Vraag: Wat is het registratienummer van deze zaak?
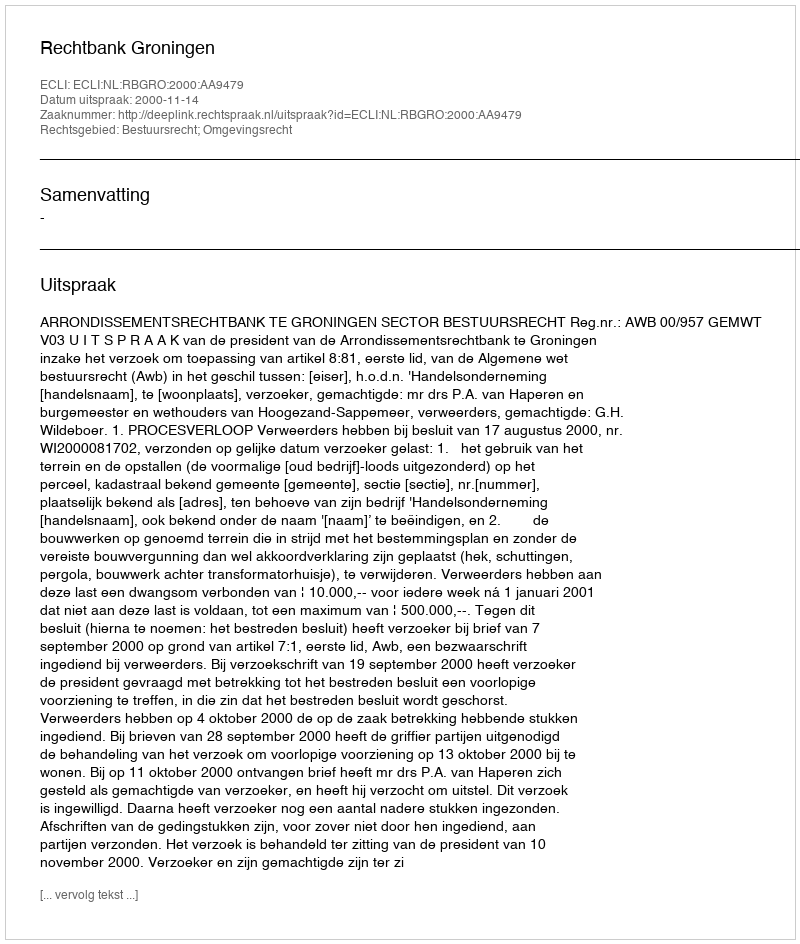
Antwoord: http://deeplink.rechtspraak.nl/uitspraak?id=ECLI:NL:RBGRO:2000:AA9479